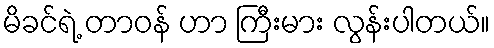
မိခင်ရဲ့ တာဝန် ဟာ ကြီးမား လွန်းပါတယ်။